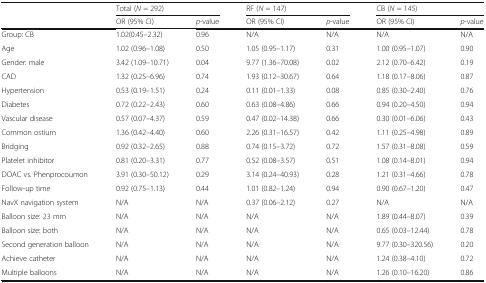
<table><thead><tr><td rowspan="2"></td><td colspan="2"><b>Total (<i>N</i> = 292)</b></td><td colspan="2"><b>RF (<i>N</i> = 147)</b></td><td colspan="2"><b>CB (<i>N</i> = 145)</b></td></tr><tr><td><b>OR (95% CI)</b></td><td><b><i>p</i>-value</b></td><td><b>OR (95% CI)</b></td><td><b><i>p</i>-value</b></td><td><b>OR (95% CI)</b></td><td><b><i>p</i>-value</b></td></tr></thead><tbody><tr><td>Group: CB</td><td>1.02(0.45–2.32)</td><td>0.96</td><td>N/A</td><td>N/A</td><td>N/A</td><td>N/A</td></tr><tr><td>Age</td><td>1.02 (0.96–1.08)</td><td>0.50</td><td>1.05 (0.95–1.17)</td><td>0.31</td><td>1.00 (0.95–1.07)</td><td>0.90</td></tr><tr><td>Gender: male</td><td>3.42 (1.09–10.71)</td><td>0.04</td><td>9.77 (1.36–70.08)</td><td>0.02</td><td>2.12 (0.70–6.42)</td><td>0.19</td></tr><tr><td>CAD</td><td>1.32 (0.25–6.96)</td><td>0.74</td><td>1.93 (0.12–30.67)</td><td>0.64</td><td>1.18 (0.17–8.06)</td><td>0.87</td></tr><tr><td>Hypertension</td><td>0.53 (0.19–1.51)</td><td>0.24</td><td>0.11 (0.01–1.33)</td><td>0.08</td><td>0.85 (0.30–2.40)</td><td>0.76</td></tr><tr><td>Diabetes</td><td>0.72 (0.22–2.43)</td><td>0.60</td><td>0.63 (0.08–4.86)</td><td>0.66</td><td>0.94 (0.20–4.50)</td><td>0.94</td></tr><tr><td>Vascular disease</td><td>0.57 (0.07–4.37)</td><td>0.59</td><td>0.47 (0.02–14.38)</td><td>0.66</td><td>0.30 (0.01–6.06)</td><td>0.43</td></tr><tr><td>Common ostium</td><td>1.36 (0.42–4.40)</td><td>0.60</td><td>2.26 (0.31–16.57)</td><td>0.42</td><td>1.11 (0.25–4.98)</td><td>0.89</td></tr><tr><td>Bridging</td><td>0.92 (0.32–2.65)</td><td>0.88</td><td>0.74 (0.15–3.72)</td><td>0.72</td><td>1.57 (0.31–8.08)</td><td>0.59</td></tr><tr><td>Platelet inhibitor</td><td>0.81 (0.20–3.31)</td><td>0.77</td><td>0.52 (0.08–3.57)</td><td>0.51</td><td>1.08 (0.14–8.01)</td><td>0.94</td></tr><tr><td>DOAC vs. Phenprocoumon</td><td>3.91 (0.30–50.12)</td><td>0.29</td><td>3.14 (0.24–40.93)</td><td>0.28</td><td>1.21 (0.31–4.66)</td><td>0.78</td></tr><tr><td>Follow-up time</td><td>0.92 (0.75–1.13)</td><td>0.44</td><td>1.01 (0.82–1.24)</td><td>0.94</td><td>0.90 (0.67–1.20)</td><td>0.47</td></tr><tr><td>NavX navigation system</td><td>N/A</td><td>N/A</td><td>0.37 (0.06–2.12)</td><td>0.27</td><td>N/A</td><td>N/A</td></tr><tr><td>Balloon size: 23 mm</td><td>N/A</td><td>N/A</td><td>N/A</td><td>N/A</td><td>1.89 (0.44–8.07)</td><td>0.39</td></tr><tr><td>Balloon size: both</td><td>N/A</td><td>N/A</td><td>N/A</td><td>N/A</td><td>0.65 (0.03–12.44)</td><td>0.78</td></tr><tr><td>Second generation balloon</td><td>N/A</td><td>N/A</td><td>N/A</td><td>N/A</td><td>9.77 (0.30–320.56)</td><td>0.20</td></tr><tr><td>Achieve catheter</td><td>N/A</td><td>N/A</td><td>N/A</td><td>N/A</td><td>1.24 (0.38–4.10)</td><td>0.72</td></tr><tr><td>Multiple balloons</td><td>N/A</td><td>N/A</td><td>N/A</td><td>N/A</td><td>1.26 (0.10–16.20)</td><td>0.86</td></tr></tbody></table>